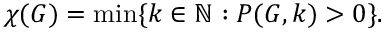
\chi ( G ) = \operatorname* { m i n } \{ k \in \mathbb { N } : P ( G , k ) > 0 \} .